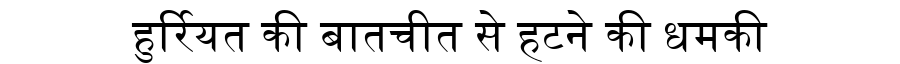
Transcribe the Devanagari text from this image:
हुर्रियत की बातचीत से हटने की धमकी